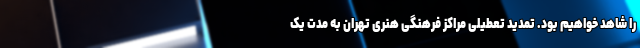
را شاهد خواهیم بود. تمدید تعطیلی مراکز فرهنگی هنری تهران به مدت یک